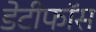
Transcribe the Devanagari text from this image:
डेटीफाॅस